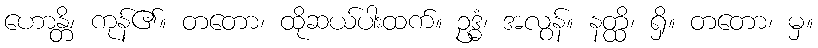
ဟောန္တိ၊ ကုန်၏။ တတော၊ ထိုဆယ်ပါးထက်။ ဥဒ္ဓံ၊ အလွန်။ နတ္ထိ၊ ရှိ။ တတော၊ မှ။